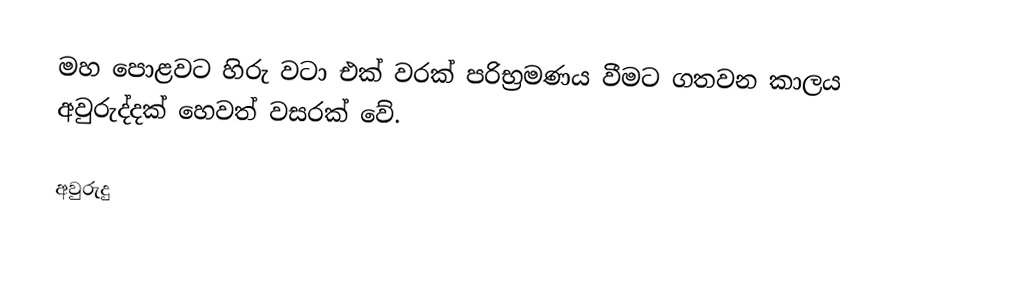
මහ පොළවට හිරු වටා එක් වරක් පරිභ්‍රමණය වීමට ගතවන කාලය අවුරුද්දක් හෙවත් වසරක් වේ.

අවුරුදු